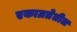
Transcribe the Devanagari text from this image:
एकाग्रतेतील